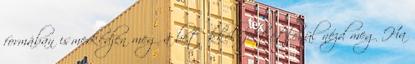
formában ismerkedjen meg a betűkkel, feltétlenül nézd meg Ha